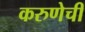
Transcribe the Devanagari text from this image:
करुणेची